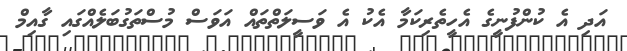
އަދި އެ ކުންފުނީގެ އެހީތެރިކަމާ އެކު އެ ވަސީލަތްތައް އަވަސް މުސްތަގުބަލެއްގައި ގާއިމް